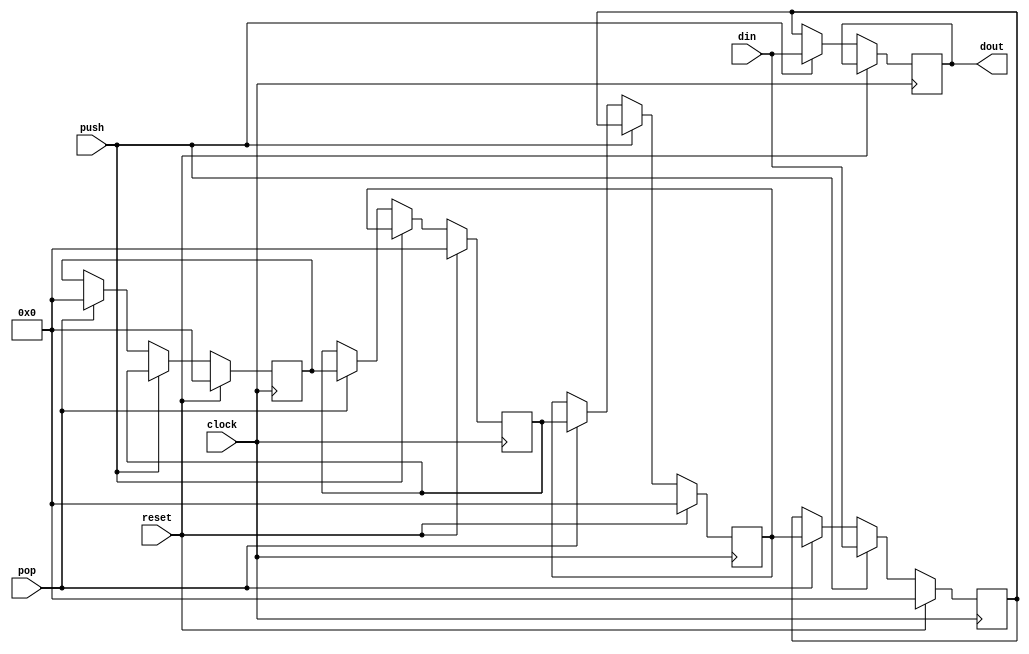
/***************************************************************************************************
*
* Description: Behavioral 4-location 8-bit hardware stack
*              To be used with "push" and "pop" instructions in the RISC processor
*
***************************************************************************************************/

module cjb_nbit_4loc_stack_v (push, pop, reset, clock, din, dout);

// Input and output ports
parameter           n = 8;

input               push, pop, reset, clock;
input       [n-1:0] din;
output reg  [n-1:0] dout;

// Internal registered signals
reg [n-1:0] tos, tos1, tos2, tos3;

// Behavioral description
always @(posedge clock) begin
  if (reset) begin tos = 8'h00; tos1 = 8'h00; tos2 = 8'h00; tos3 = 8'h00; end
  else if (push) begin tos3 = tos2; tos2 = tos1; tos1 = tos; tos = din; dout = din; end
  else if (pop) begin dout = tos; tos = tos1; tos1 = tos2; tos2 = tos3; tos3 = 8'h00; end
  else begin tos = tos; tos1 = tos1; tos2 = tos2; tos3 = tos3; dout = tos; end
end

endmodule